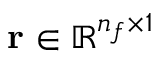
\mathbf { r } \in \mathbb { R } ^ { n _ { f } \times 1 }